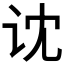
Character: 𰵒